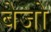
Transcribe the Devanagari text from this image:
बेजो